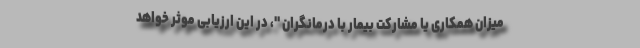
میزان همکاری یا مشارکت بیمار با درمانگران "، در این ارزیابی موثر خواهد